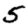
Digit: 5